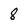
Character: 8